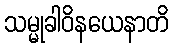
သမ္မုခါဝိနယေနာတိ